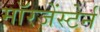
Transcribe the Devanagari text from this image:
मॉरजेंस्टेर्न